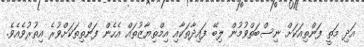
އަދި މަތީ ފަންތިއަކަށް ނިސްބަތްވުމުން ލިބޭ ފައިދާތަކާއި އިމްތިޔާޒުތައް އެހެން ފަންތިތަކަށްވުރެ އިތުރުވެއެވެ.